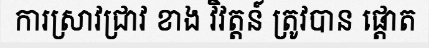
ការស្រាវជ្រាវ ខាង វិវត្តន៍ ត្រូវបាន ផ្តោត